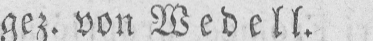
gez. von Wedell.